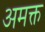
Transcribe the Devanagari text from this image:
अमक्त